Indian journal of veterinary science and animal husbandry - Volumes 22-23, 1952-1953
Year: 1952
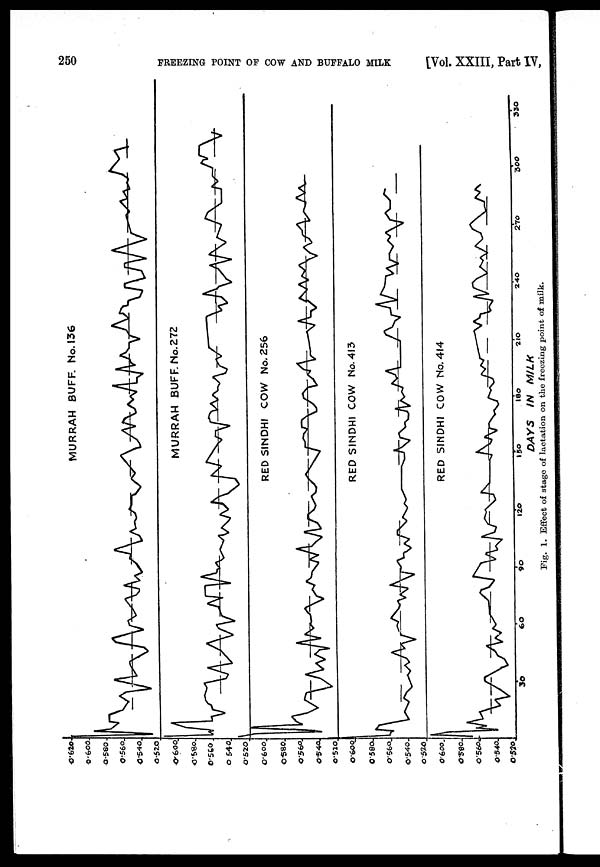
250
FREEZING POINT OF COW AND BUFFALO MILK
[Vol. XXIII, Part IV,
Fig. 1. Effect of stage of lactation on the freezing point of milk.